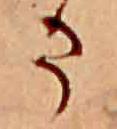
ま